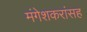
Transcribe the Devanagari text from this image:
मंगेशकरांसह